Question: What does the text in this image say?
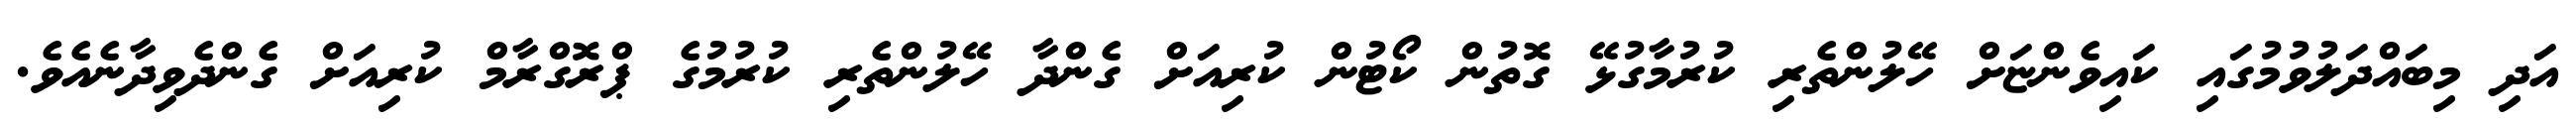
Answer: އަދި މިބައްދަލުވުމުގައި ކައިވެންޏަށް ހޭލުންތެރި ކުރުމާގުޅޭ ގޮތުން ކޯޓުން ކުރިއަށް ގެންދާ ހޭލުންތެރި ކުރުމުގެ ޕްރޮގްރާމް ކުރިއަށް ގެންދެވިދާނެއެވެ.